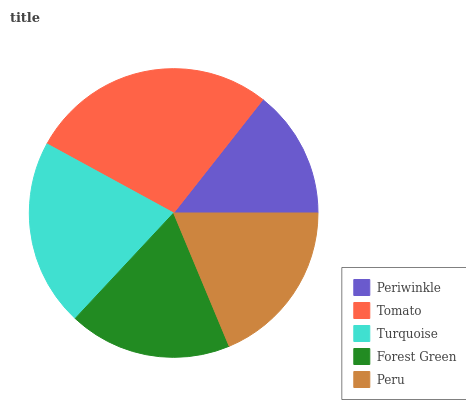
| Periwinkle | Tomato | Turquoise | Forest Green | Peru |
 | --- | --- | --- | --- | --- |
 | 14.4% | 27.6% | 21% | 18.3% | 18.7% |